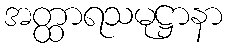
အတ္ထာရသမုဋ္ဌာနာ